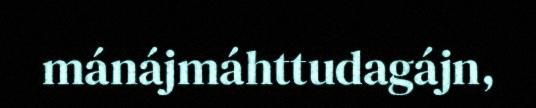
mánájmáhttudagájn,